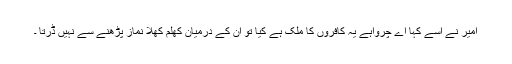
امیر نے اسے کہا اے چرواہے یہ کافروں کا ملک ہے کیا تو ان کے درمیان کھلم کھلا نماز پڑھنے سے نہیں ڈرتا ۔